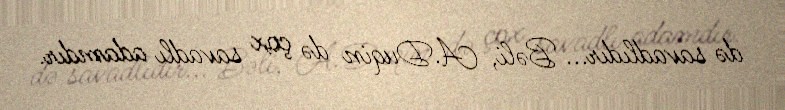
də savadlıdır... Bəli, A.Duqin də çox savadlı adamdır.